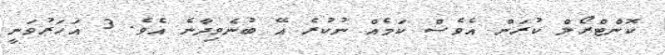
ކޮންޓްރޯލް ކުރަން އެވެސް ކަމެއް ނުކުރެ އޭ ބުނެވިދާނެ އެވެ. 3 އަހަރުވަނީ